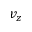
v _ { z }